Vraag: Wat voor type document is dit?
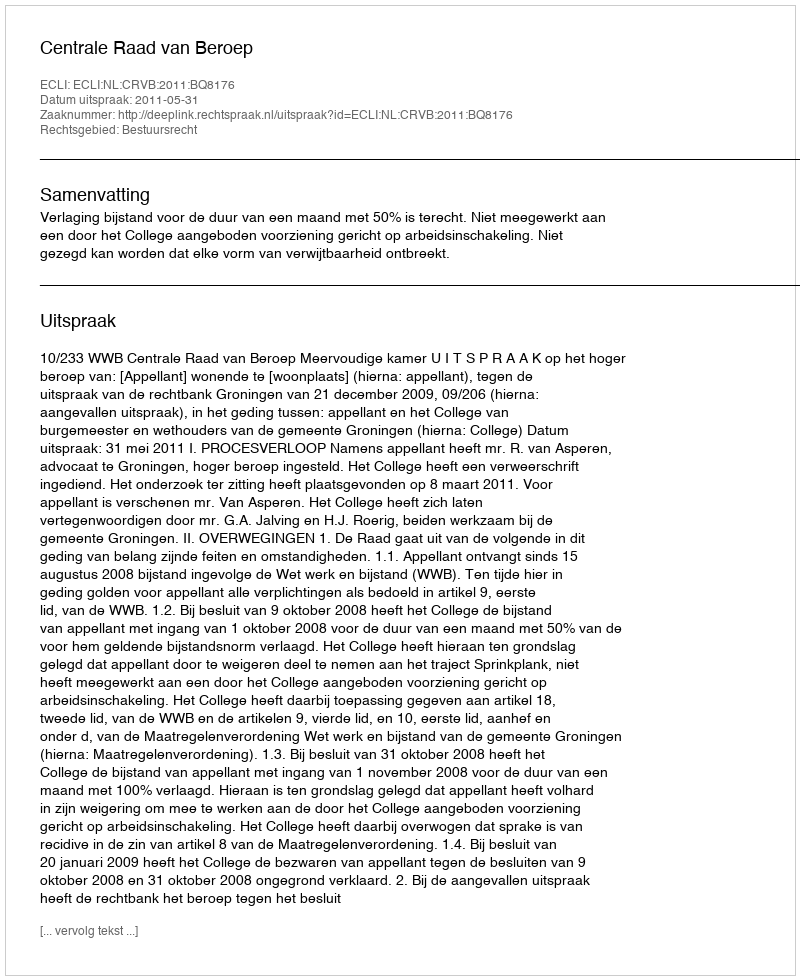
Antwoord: Uitspraak